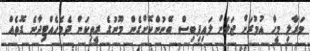
މަރާލި މީހާ އުމުރަށް ޖަލަށް ލައިފިބިސް ބޭނުންކޮށްގެން މޫނުގެ ރީތިކަން ދެމެހެއްޓިދާނެ ގޮތެއް